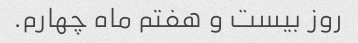
روز بیست و هفتم ماه چهارم.